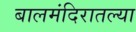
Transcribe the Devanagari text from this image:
बालमंदिरातल्या